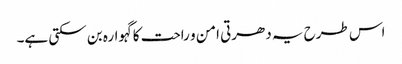
اس طرح یہ دھرتی امن و راحت کا گہوارہ بن سکتی ہے۔